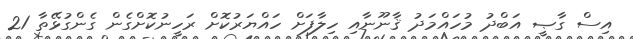
އިސް ގާޞީ އަބްދު މުހައްމަދު ޤާނޫނާއި ހިލާފަށް ހައްޔަރުކޮށް ރަހީނުކޮށްގެން ގެންގުޅޭތާ 21